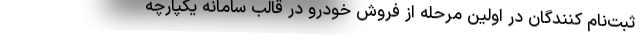
ثبت‌نام کنندگان در اولین مرحله از فروش خودرو در قالب سامانه یکپارچه